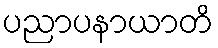
ပညာပနာယာတိ